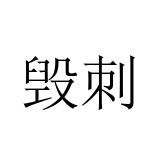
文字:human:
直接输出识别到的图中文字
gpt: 毁刺